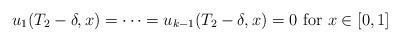
LaTeX: \begin{align*}u_{1}(T_{2} - \delta, x) = \dots = u_{k-1}(T_{2} - \delta, x) = 0 \mbox{ for } x \in [0, 1]\end{align*}